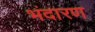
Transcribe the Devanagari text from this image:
भंदारण